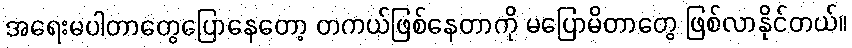
အရေးမပါတာတွေပြောနေတော့ တကယ်ဖြစ်နေတာကို မပြောမိတာတွေ ဖြစ်လာနိုင်တယ်။